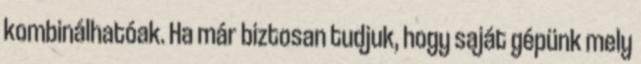
kombinálhatóak. Ha már biztosan tudjuk, hogy saját gépünk mely